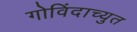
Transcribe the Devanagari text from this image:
गोविंदाच्युत